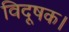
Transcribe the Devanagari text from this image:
विदूषक।